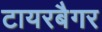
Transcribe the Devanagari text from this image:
टायरबैगर